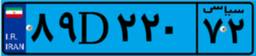
۸۷D۳۴۱۲۳